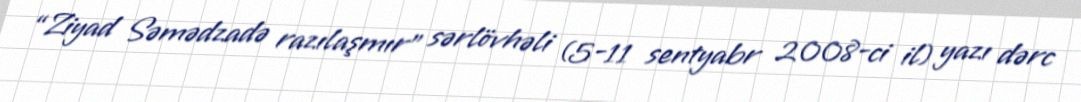
“Ziyad Səmədzadə razılaşmır” sərlövhəli (5-11 sentyabr 2008-ci il) yazı dərc